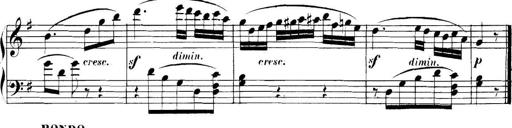
Title: Collected Piano Sonatas
Composer: Muzio Clementi